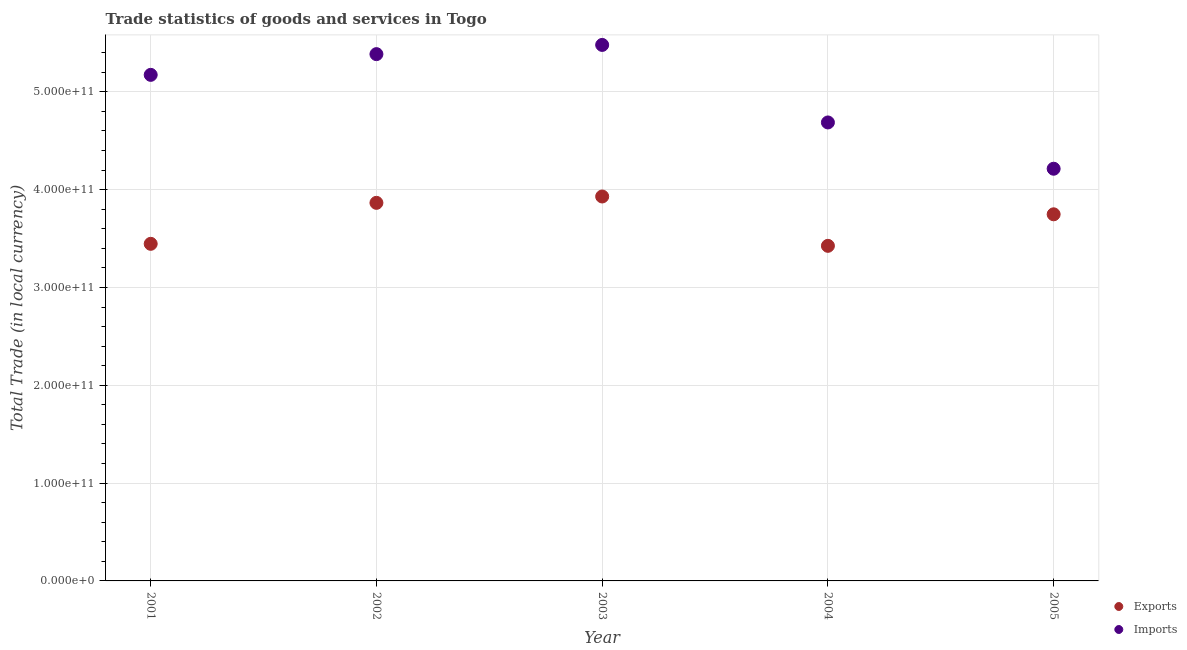
| Year | Exports | Imports |
 | --- | --- | --- |
 | 2001 | 3.45e+11 | 5.17e+11 |
 | 2002 | 3.87e+11 | 5.39e+11 |
 | 2003 | 3.93e+11 | 5.48e+11 |
 | 2004 | 3.43e+11 | 4.69e+11 |
 | 2005 | 3.75e+11 | 4.21e+11 |